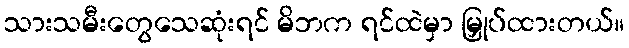
သားသမီးတွေသေဆုံးရင် မိဘက ရင်ထဲမှာ မြှုပ်ထားတယ်။